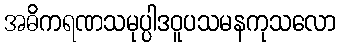
အဓိကရဏသမုပ္ပါဒဝူပသမနကုသလော